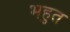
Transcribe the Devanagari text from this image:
भहुत